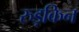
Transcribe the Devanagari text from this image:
रुड़किन